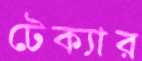
টেক্যার